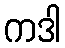
ကဒါ